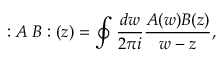
: A \; B : ( z ) = \oint { \frac { d w } { 2 \pi i } } { \frac { A ( w ) B ( z ) } { w - z } } ,